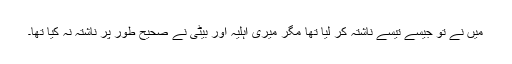
میں نے تو جیسے تیسے ناشتہ کر لیا تھا مگر میری اہلیہ اور بیٹی نے صحیح طور پر ناشتہ نہ کیا تھا۔